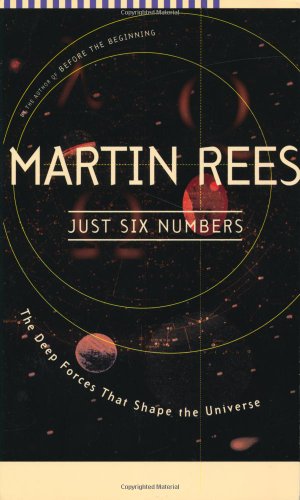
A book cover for Just Six Numbers: The Deep Forces That Shape The Universe; Martin Rees; Science & Math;